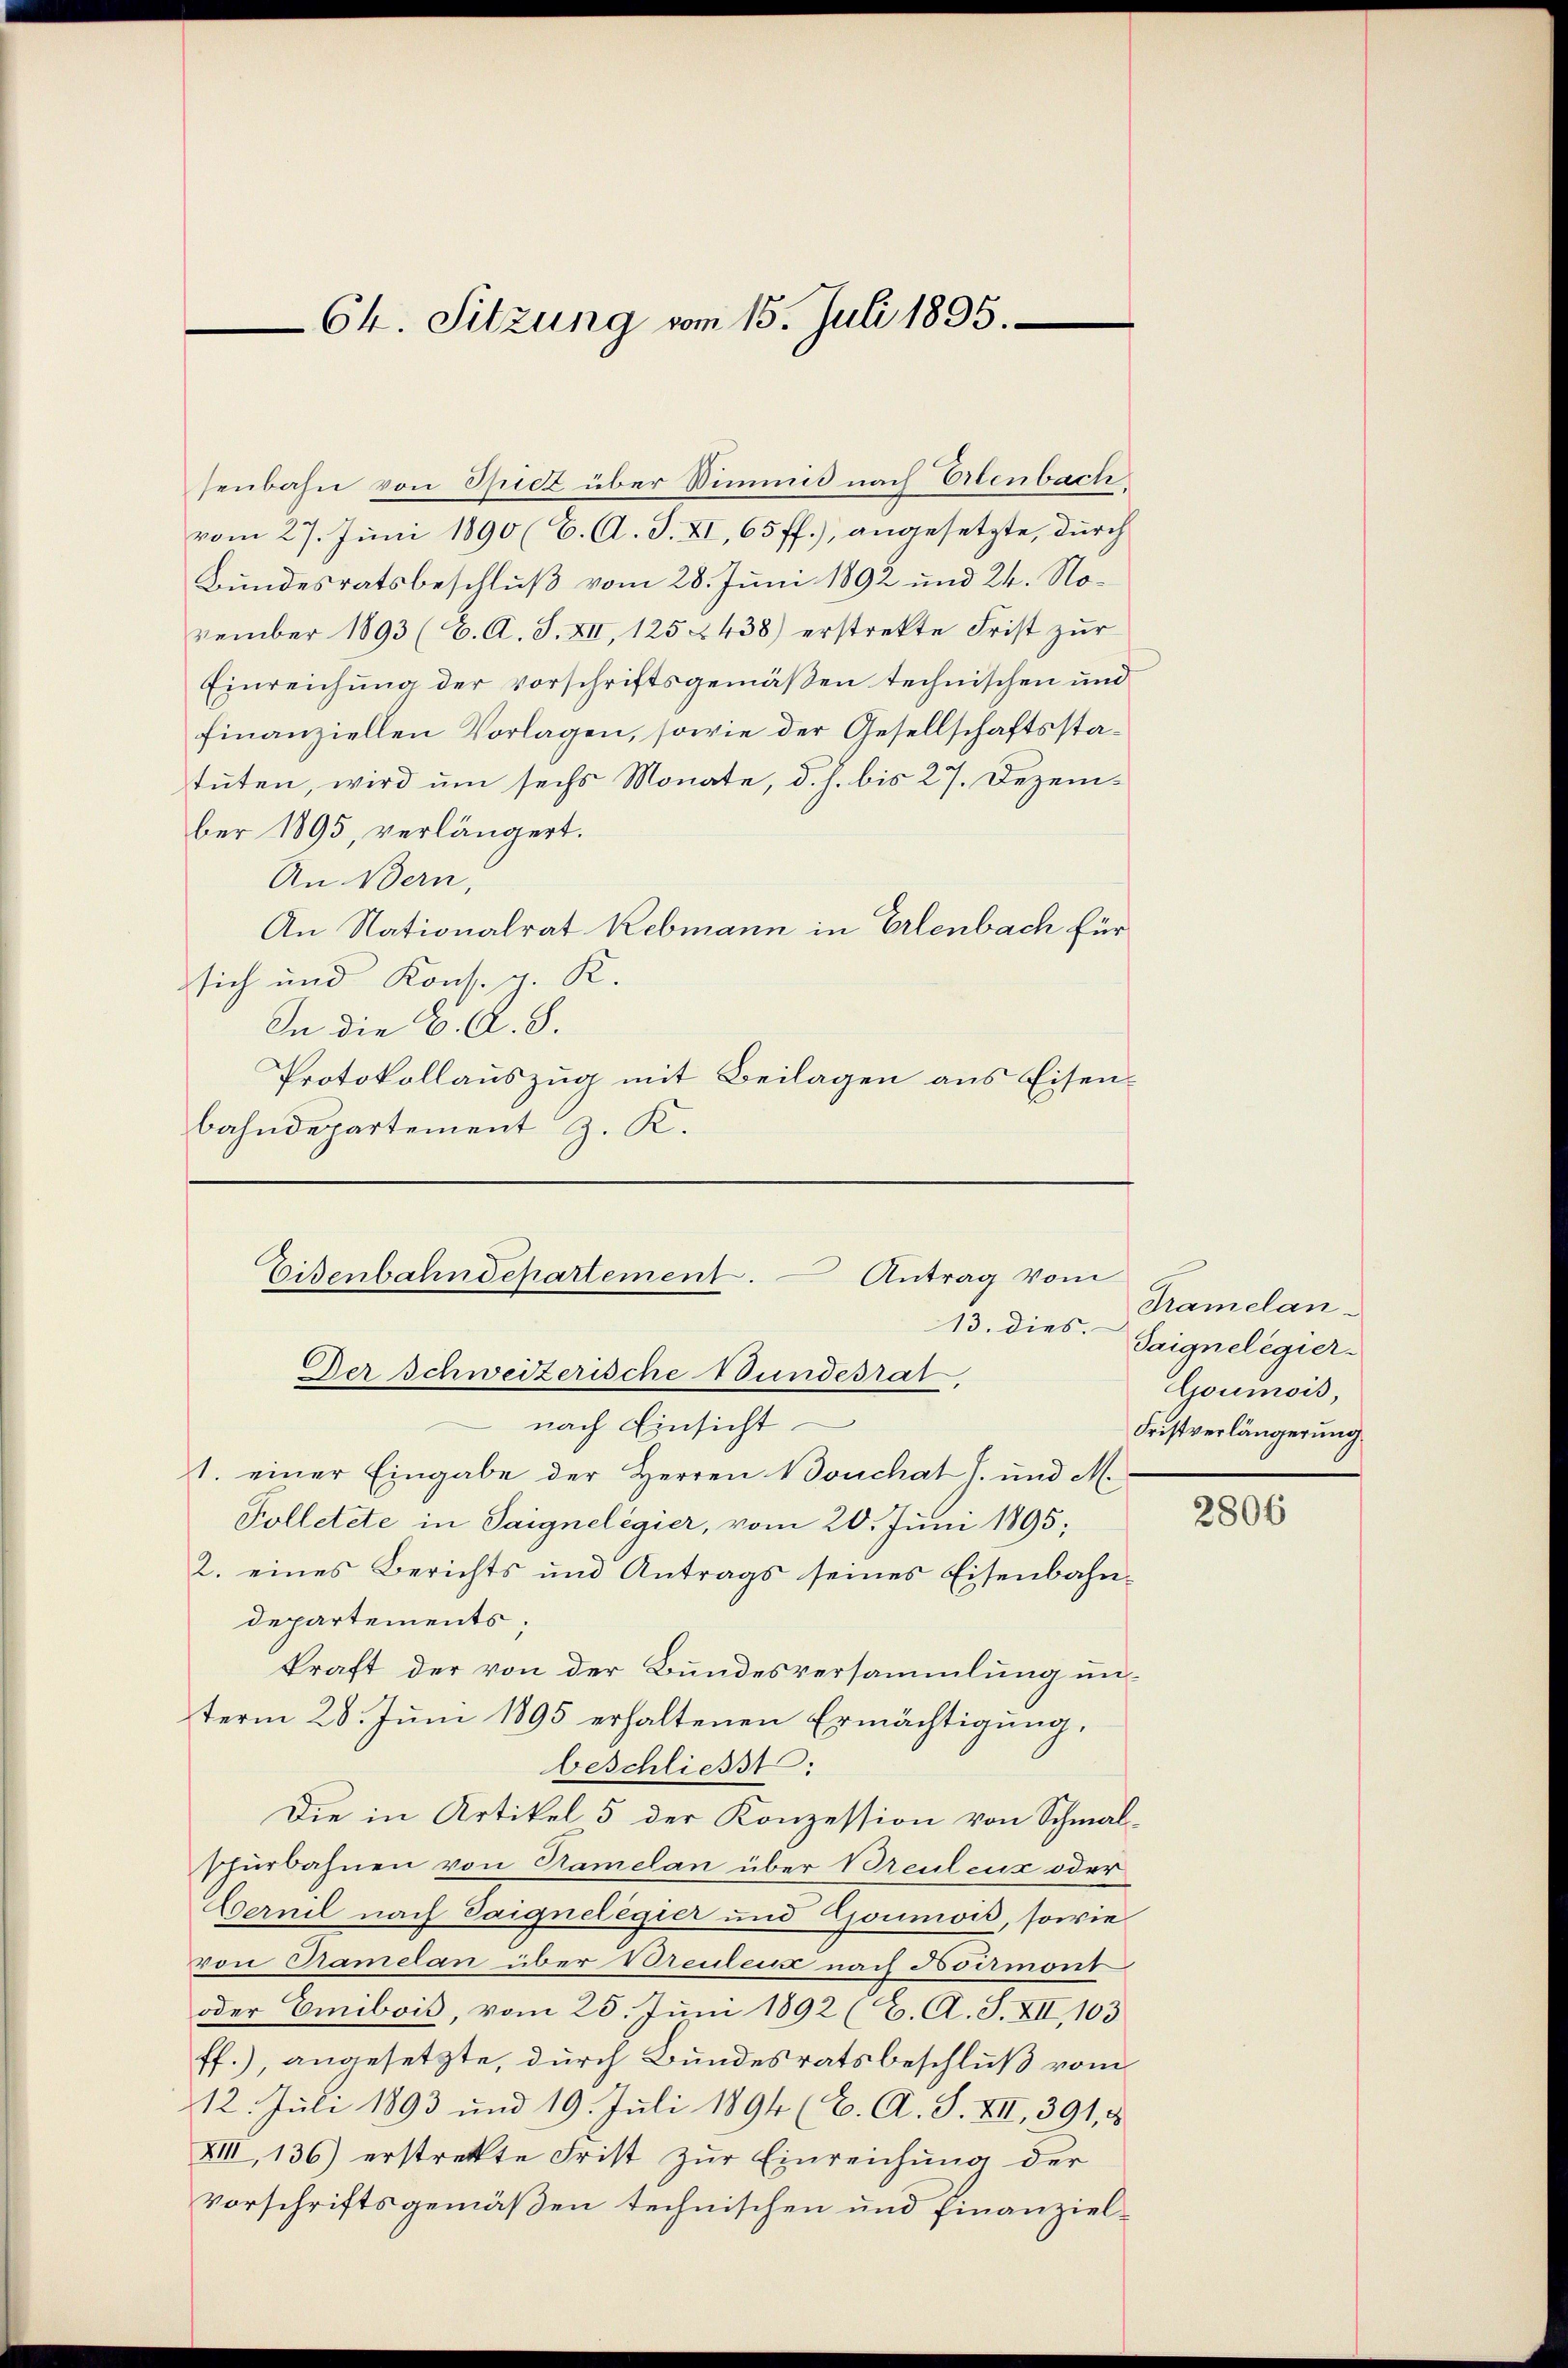
senbahn von Spiel über Wimmis nach Erlenbach.
vom 27. Juni 1890 (C. A. S. XI, 65 ff.), angesetzte, durch
Bundesratsbeschluß vom 28. Juni 1892 und 24. November 1893 (C. A. S. XII, 1252438) erstrekte Frist zur
Einreichung der Vorschriftsgemäßen technischen und
finanziellen Vorlagen, sowie der Gesellschaftsstatuten, wird um sechs Monate, d. h. bis 27. Dezember 1895, verlängert.
An Bern,
An Nationalrat Rebmann in Erlenbach für
sich und Kons. g. K.
In die K. A. S.
Protokollauszug mit Beilagen aus Eisenbahndepartement z. K.

Ch. Sitzung vom 15. Juli 1895.

Eisenbahndepartement.
Antrag vom
13. dies.
Der Schweizerische Bundesrat.

nach Einsicht.
1. einer Eingabe der Herren Bouchat J. und M.
Polletete in Saignelegier, vom 20. Juni 1895;
2. eines Berichts und Antrags seines Eisenbahndepartements;
kraft der von der Bundesversammlung unterm 28. Jŭni 1895 erhaltenen Ermächtigŭng.
beschliesst:
Die in Artikel 5 der Konzession von Schmalschürbahnen von Tramelan über Breulenz oder
Gernel nach Saignelegier und Goumis, sowie
von Cramelan über Breidens nach Noirmont
oder Emibois, vom 25. Juni 1892 (C. A. S. XII, 103
ff.), angesetzte, durch Bundesratsbeschluß vom
12. Juli 1893 und 19. Juli 1894 (C. A. S. VII, 391, 8
XIII 136) erstrekte Frist zur Einreichung der
Vorschriftsgemäßen technischen und finanziel¬

Kramelan-
Saignelegier
Goumois,
Fristverlängerung

2806